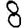
Digit: 8